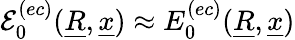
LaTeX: \mathcal{E}_{0}^{(ec)}(\underline{{R}},\underline{{x}})\approx E_{0}^{(ec)}(\underline{{R}},\underline{{x}})